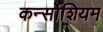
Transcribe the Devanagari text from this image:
कर्न्सोशियम